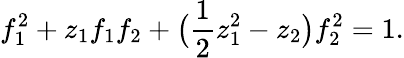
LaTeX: f_{1}^{2}+z_{1}f_{1}f_{2}+\big({\frac{1}{2}}z_{1}^{2}-z_{2}\big)f_{2}^{2}=1.